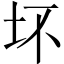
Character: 坏